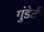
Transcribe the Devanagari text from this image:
गुंडेर्ट